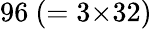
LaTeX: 96~(=3{\times}32)